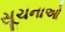
સૂચનાઓ